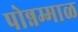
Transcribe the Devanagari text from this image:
पोन्नम्माळ